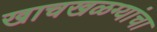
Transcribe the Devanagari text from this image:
खाचखळग्यांचा